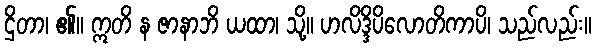
ဌိတာ၊ ၏။ ဣတိ န ဇာနာဘိ ယထာ၊ သို့။ ဟလိဒ္ဒိပိလောတိကာပိ၊ သည်လည်း။